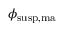
\phi _ { \mathrm { s u s p , m a } }